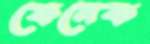
ফেনেক